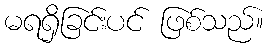
မရရှိခြင်းပင် ဖြစ်သည်။